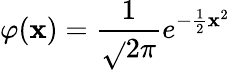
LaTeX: \varphi(\mathbf{x})={\frac{{1}}{{\sqrt{}{{2\pi}}}}}e^{-{\frac{{1}}{{2}}}\mathbf{x}^{2}}